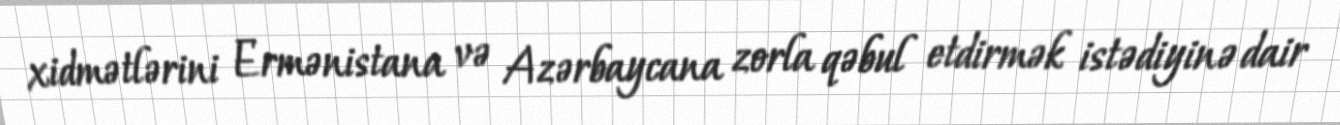
xidmətlərini Ermənistana və Azərbaycana zorla qəbul etdirmək istədiyinə dair